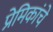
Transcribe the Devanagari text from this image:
प्रेमिकांचे